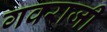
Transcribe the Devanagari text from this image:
गवराजी